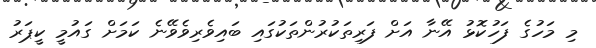
މި މަހުގެ ފަހުކޮޅު އޭނާ އަށް ފަރިތަކުރުންތަކުގައި ބައިވެރިވެވޭނެ ކަމަށް ގައުމީ ކީޕަރު